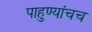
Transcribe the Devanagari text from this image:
पाहुण्यांचच